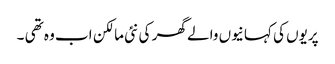
پریوں کی کہانیوں والے گھر کی نئی مالکن اب وہ تھی ۔